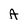
Character: A